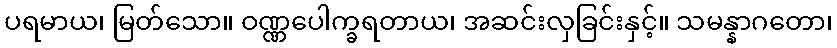
ပရမာယ၊ မြတ်သော။ ဝဏ္ဏပေါက္ခရတာယ၊ အဆင်းလှခြင်းနှင့်။ သမန္နာဂတော၊